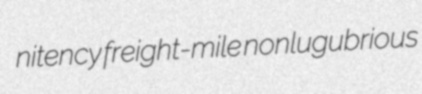
nitency freight-mile nonlugubrious